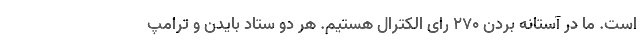
است. ما در آستانه بردن ۲۷۰ رای الکترال هستیم. هر دو ستاد بایدن و ترامپ